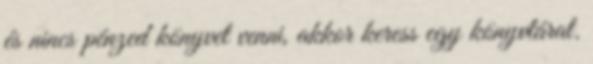
és nincs pénzed könyvet venni, akkor keress egy könyvtárat.